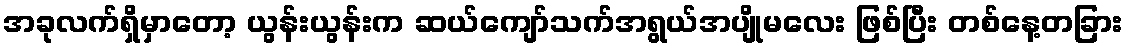
အခုလက်ရှိမှာတော့ ယွန်းယွန်းက ဆယ်ကျော်သက်အရွယ်အပျိုမလေး ဖြစ်ပြီး တစ်နေ့တခြား